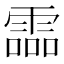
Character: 霝